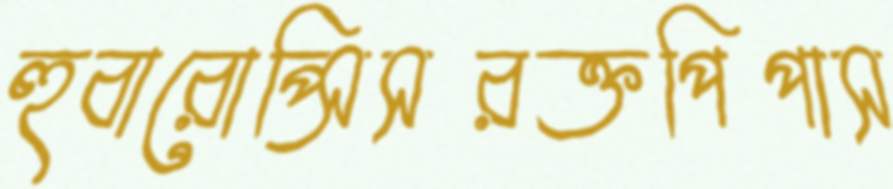
হুবারোপ্সিসরক্তপিপাস